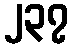
၂၃၇